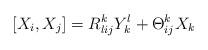
LaTeX: \begin{align*}[X_i,X_j] = R^k_{lij} Y^l_k + \Theta^k_{ij} X_k\end{align*}